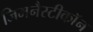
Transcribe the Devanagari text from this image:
जिमनैस्टीकॉन